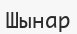
Шынар